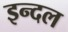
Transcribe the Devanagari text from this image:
इन्दल